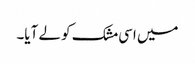
میں اسی مشک کو لے آیا۔